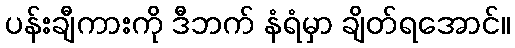
ပန်းချီကားကို ဒီဘက် နံရံမှာ ချိတ်ရအောင်။